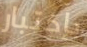
بإختبار